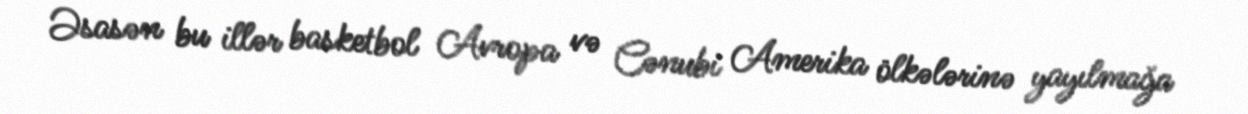
Əsasən bu illər basketbol Avropa və Cənubi Amerika ölkələrinə yayılmağa